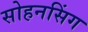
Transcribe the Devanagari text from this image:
सोहनसिंग